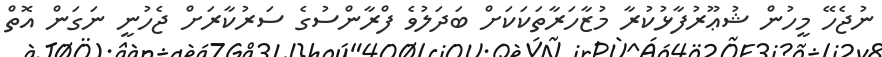
ނުޖެހޭ މީހުން ޝުޢޫރުފާޅުކުރާ މުޒާހަރާތަކަކަށް ބަދަލުވެ ފްރާންސުގެ ސަރުކާރަށް ޖެހުނީ ނަގަން އޮތް